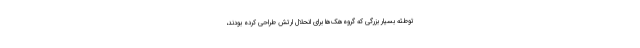
توطئه بسیار بزرگی که گروه‌هک‌ها برای انحلال ارتش طراحی کرده بودند،